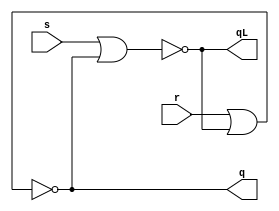
// Guia 10 - Latches
// Nome: Fabricio Rodrigues de Souza 



module exercicio01 (qL, q, s, r);
	
	output q, qL;
	input s, r;

	nor NOR1(qL, s, q);
	nor NOR2(q, r, qL);

endmodule


module exercicio02 (qL, q, s, r);
	
	output q, qL;
	input s, r;

	nand NAND1(q, s, qL);
	nand NAND2(qL, r, q);

endmodule


module exercicio03 (qL, q, d, pr, cl);
	
	output q, qL;
	input d, pr, cl;

	wire dL;

	not NOT1(dL, d);

	nand NAND1(q, d, qL, pr);
	nand NAND2(qL, dL, q, cl);

endmodule


module exercicio04 (qL, q, s, r, pr, cl);
	
	output q, qL;
	input s, r, pr, cl;

	nand NAND1(q, s, qL, pr);
	nand NAND2(qL, r, q, cl);

endmodule


module exercicio05 (qL, q, d);
	
	output q, qL;
	input d;

	wire dL;

	not NOT1(dL, d);

	exercicio01 SR(qL, q, d, dL);

endmodule



module teste; 

	reg s, r, d, pr, cl;
	wire q1, qL1, q2, qL2, q3, qL3, q4, qL4, q5, qL5;
	
	
	exercicio01 E1 (qL1, q1, s, r);
	exercicio02 E2 (qL2, q2, s, r);
	exercicio03 E3 (qL3, q3, d, pr, cl);
	exercicio04 E4 (qL4, q4, s, r, pr, cl);
	exercicio05 E5 (qL5, q5, d);

	initial begin:start
		s=1; r=0; d=0; pr=0; cl=0;
	end
	

		// parte principal
	initial begin:main
	
		$display("Guia 10 - Fabricio Rodrigues de Souza - 412737\n");
		$monitor("\nnumero 01: latch SR com nor\nSet = %b\tReset = %b\tq = %b\tqL = %b\n\n\nnumero 02: latch SR com nand\nSet = %b\tReset = %b\tq = %b\tqL = %b\n\n\nnumero 03: latch D com nand, preset e clear\nD = %b\tPreset = %b\tClear = %b\tq = %b\tqL = %b\n\n\nnumero 04: latch SR com nand, preset e clear\nSet = %b\tReset = %b\tPreset = %b\tClear = %b\tq = %b\tqL = %b\n\n\nnumero 05: latch D a partir de um SR\nD = %b\tq = %b\tqL = %b\n\n\n\n", s, r, q1, qL1, s, r, q2, qL2 ,d, pr, cl, q3, qL3, s, r, pr, cl, q4, qL4, d, q5, qL5);


		#1 s=0; r=1; d=1; pr=0; cl=0;
		#1 s=0; r=0; d=0; pr=0; cl=1;
		#1 s=0; r=0; d=1; pr=1; cl=0;
		#1 s=1; r=1; d=0; pr=1; cl=1;
		
	end

endmodule